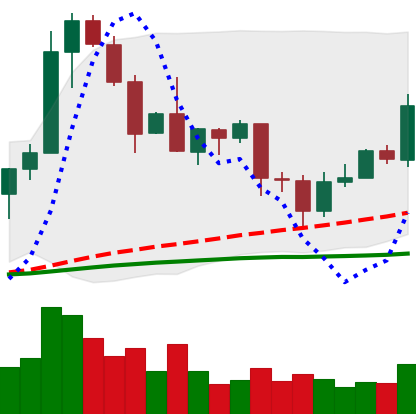
Ticker: EOS-USD
Chart end date: 2020-09-01
Forward return: -16.291%
Label: down_7plus